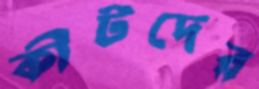
কীটদের